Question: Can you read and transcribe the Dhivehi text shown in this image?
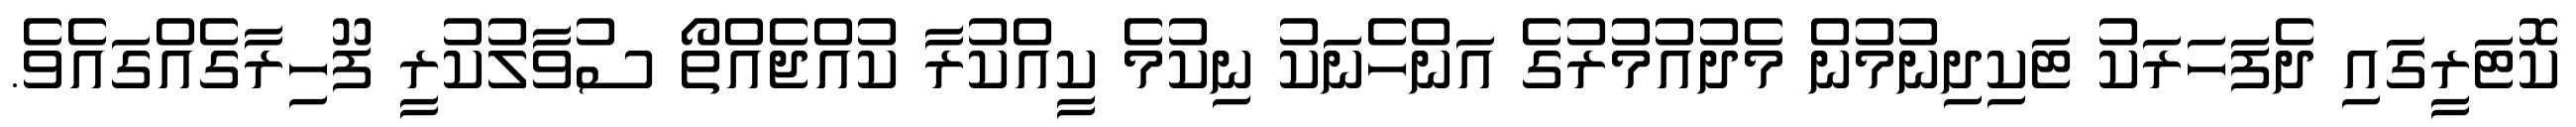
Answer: ކޮޓަރީގައި ދެފަހަރަކު ޓަކިދިނުމުން މެދުއުމުރުގެ އަންހެނަކު ނިކުމެ ކީއްކުރާ ކުއްޖެއްތޯ ސުވާލުކުރީ ފޫހިރާގެއްގައެވެ.